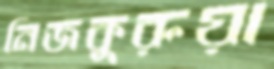
নিজকুরুয়া